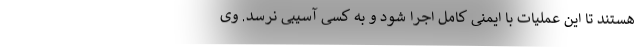
هستند تا این عملیات با ایمنی کامل اجرا شود و به کسی آسیبی نرسد. وی